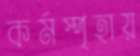
কর্মস্পৃহায়